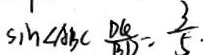
\sin \angle A B C \frac { O A } { B D } = \frac { 3 } { 5 }